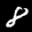
Label: 8